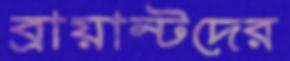
ব্রায়ান্টদের